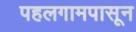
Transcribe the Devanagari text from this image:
पहलगामपासून